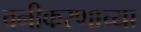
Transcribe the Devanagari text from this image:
वनीकरणाच्या